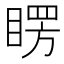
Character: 𥈮